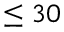
\leq 3 0